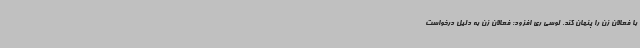
با فعالان زن را پنهان کند. لوسی ری افزود: فعالان زن به دلیل درخواست